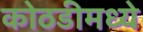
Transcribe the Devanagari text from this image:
कोठडीमध्ये